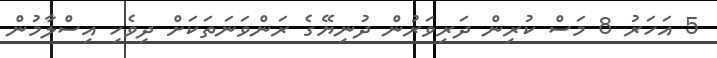
5 އަހަރު 8 މަސް ކުރިން ދަރިވަރުން ދުނިޔޭގެ ރަންވަނަތަކަށް ދިވެހި އިސްލާމުން